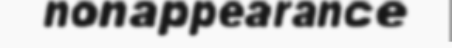
nonappearance